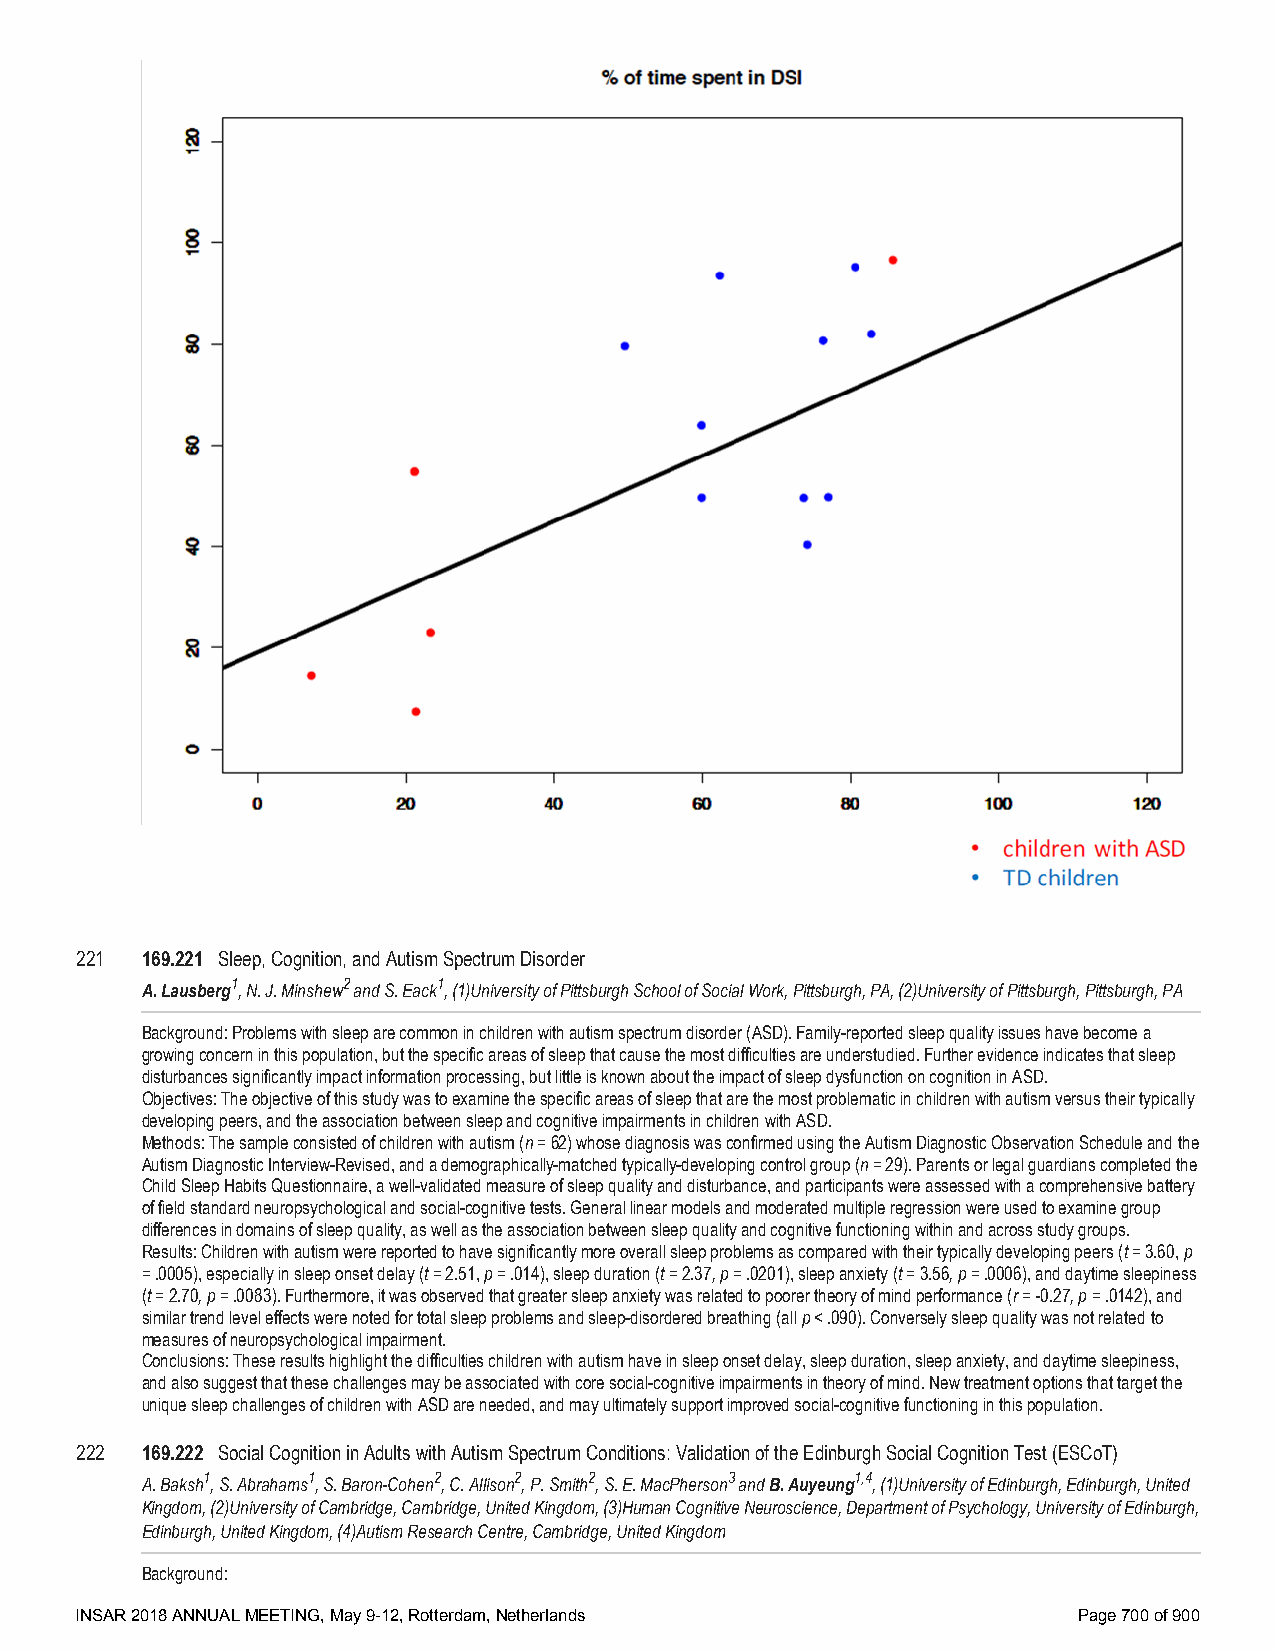
221 169.221 Sleep, Cognition, and Autism Spectrum Disorder
 A. Lausberg1, N. J. Minshew2 and S. Eack1, (1)University of Pittsburgh School of Social Work, Pittsburgh, PA, (2)University of Pittsburgh, Pittsburgh, PA
 Background: Problems with sleep are common in children with autism spectrum disorder (ASD). Family-reported sleep quality issues have become a
 growing concern in this population, but the specific areas of sleep that cause the most difficulties are understudied. Further evidence indicates that sleep
 disturbances significantly impact information processing, but little is known about the impact of sleep dysfunction on cognition in ASD.
 Objectives: The objective of this study was to examine the specific areas of sleep that are the most problematic in children with autism versus their typically
 developing peers, and the association between sleep and cognitive impairments in children with ASD.
 Methods: The sample consisted of children with autism (n = 62) whose diagnosis was confirmed using the Autism Diagnostic Observation Schedule and the
 Autism Diagnostic Interview-Revised, and a demographically-matched typically-developing control group (n = 29). Parents or legal guardians completed the
 Child Sleep Habits Questionnaire, a well-validated measure of sleep quality and disturbance, and participants were assessed with a comprehensive battery
 of field standard neuropsychological and social-cognitive tests. General linear models and moderated multiple regression were used to examine group
 differences in domains of sleep quality, as well as the association between sleep quality and cognitive functioning within and across study groups.
 Results: Children with autism were reported to have significantly more overall sleep problems as compared with their typically developing peers (t = 3.60, p
 = .0005), especially in sleep onset delay (t = 2.51, p = .014), sleep duration (t = 2.37, p = .0201), sleep anxiety (t = 3.56, p = .0006), and daytime sleepiness
 (t = 2.70, p = .0083). Furthermore, it was observed that greater sleep anxiety was related to poorer theory of mind performance (r = -0.27, p = .0142), and
 similar trend level effects were noted for total sleep problems and sleep-disordered breathing (all p < .090). Conversely sleep quality was not related to
 measures of neuropsychological impairment.
 Conclusions: These results highlight the difficulties children with autism have in sleep onset delay, sleep duration, sleep anxiety, and daytime sleepiness,
 and also suggest that these challenges may be associated with core social-cognitive impairments in theory of mind. New treatment options that target the
 unique sleep challenges of children with ASD are needed, and may ultimately support improved social-cognitive functioning in this population.
 222 169.222 Social Cognition in Adults with Autism Spectrum Conditions: Validation of the Edinburgh Social Cognition Test (ESCoT)
 A. Baksh1, S. Abrahams1, S. Baron-Cohen2, C. Allison2, P. Smith2, S. E. MacPherson3 and B. Auyeung1,4, (1)University of Edinburgh, Edinburgh, United
 Kingdom, (2)University of Cambridge, Cambridge, United Kingdom, (3)Human Cognitive Neuroscience, Department of Psychology, University of Edinburgh,
 Edinburgh, United Kingdom, (4)Autism Research Centre, Cambridge, United Kingdom
 Background:
 INSAR 2018 ANNUAL MEETING, May 9-12, Rotterdam, Netherlands       Page 700 of 900